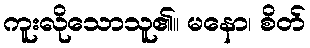
ကူးလိုသောသူ၏။ မနော၊ စိတ်